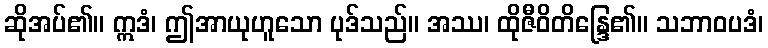
ဆိုအပ်၏။ ဣဒံ၊ ဤအာယုဟူသော ပုဒ်သည်။ အဿ၊ ထိုဇီဝိတိန္ဒြေ၏။ သဘာဝပဒံ၊